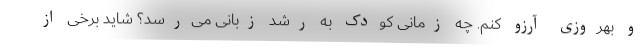
و بهروزی آرزو کنم. چه زمانی کودک به رشد زبانی می‌رسد؟ شاید برخی از